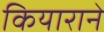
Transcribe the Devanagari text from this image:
कियाराने